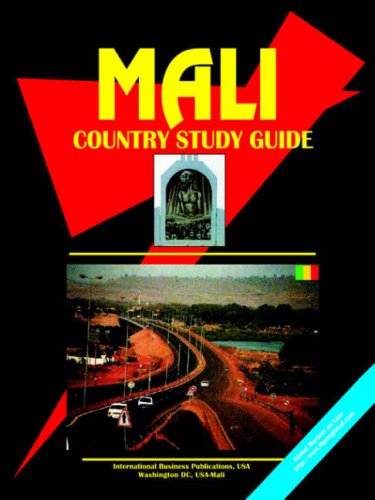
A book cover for Mali Country Study Guide; Ibp Usa; Travel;